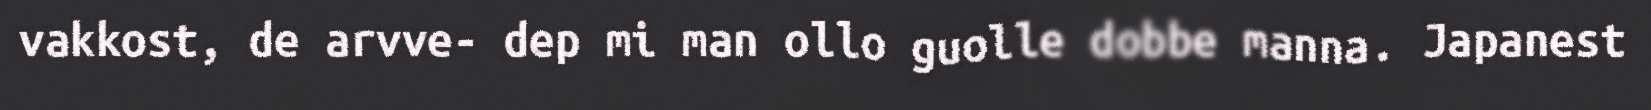
vakkost, de arvve- dep mi man ollo guolle dobbe manna. Japanest